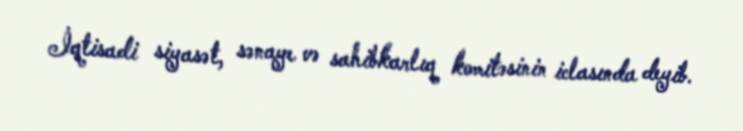
İqtisadi siyasət, sənaye və sahibkarlıq komitəsinin iclasında deyib.